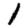
Digit: 1